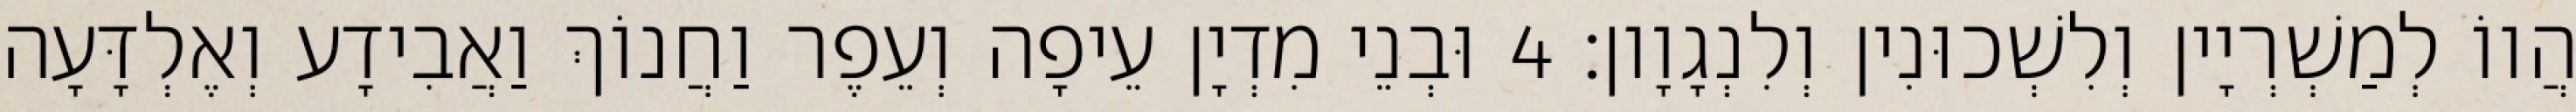
הֲווֹ לְמַשְׁרְיָין וְלִשְׁכוּנִין וְלִנְגָוָון׃ 4 וּבְנֵי מִדְיָן עֵיפָה וְעֵפֶר וַחֲנוֹךְ וַאֲבִידָע וְאֶלְדָּעָה